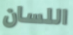
اللسان